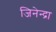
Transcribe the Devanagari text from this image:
जिनेन्द्रा